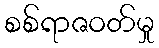
စစ်ရာဇဝတ်မှု